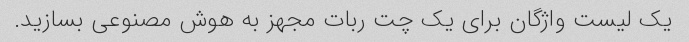
یک لیست واژگان برای یک چت ربات مجهز به هوش مصنوعی بسازید.